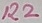
Text: R2